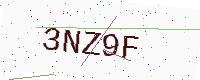
Text: 3NZ9F